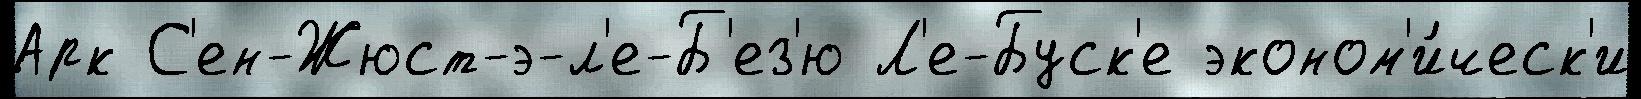
Арк С'ен-Жюст-э-л'е-Б'ез'ю Л'е-Буск'е эконом'и́ческ'и